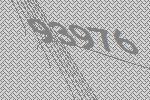
93976